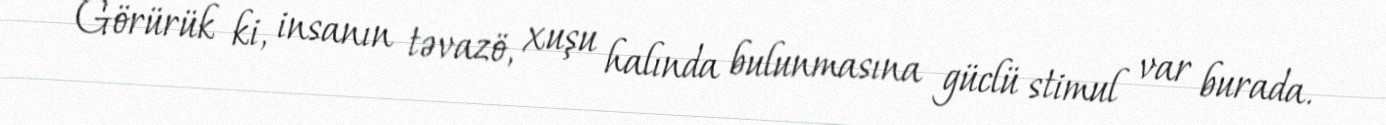
Görürük ki, insanın təvazö, xuşu halında bulunmasına güclü stimul var burada.